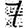
Digit: 7